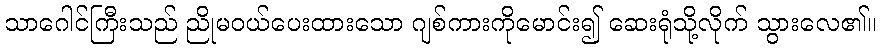
သာဂေါင်ကြီးသည် ညိုမဝယ်ပေးထားသော ဂျစ်ကားကိုမောင်း၍ ဆေးရုံသို့လိုက် သွားလေ၏။